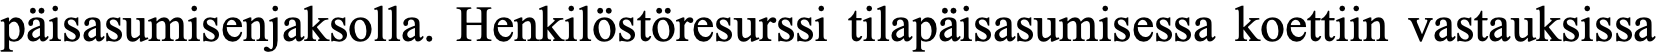
päisasumisenjaksolla. Henkilöstöresurssi tilapäisasumisessa koettiin vastauksissa